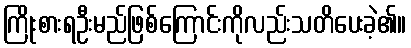
ကြိုးစားရဦးမည်ဖြစ်ကြောင်းကိုလည်းသတိပေးခဲ့၏။